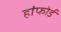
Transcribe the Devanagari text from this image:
हांफोर्ड